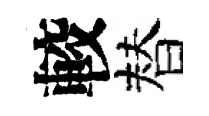
較替